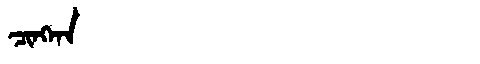
Manchu: ᠴᡳᠩᡴᠠ
Romanization: CINGKA